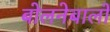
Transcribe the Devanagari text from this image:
बोलनेबालों